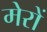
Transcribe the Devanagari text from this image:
मेरों